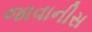
જાવાનીસ